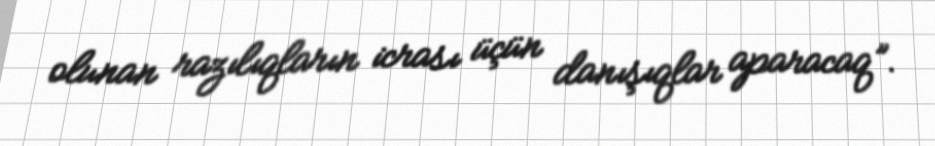
olunan razılıqların icrası üçün danışıqlar aparacaq”.